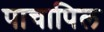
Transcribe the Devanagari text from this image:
पाचापिल